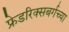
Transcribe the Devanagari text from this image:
फ्रेडरिक्सबर्गच्या